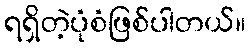
ရရှိတဲ့ပုံစံဖြစ်ပါတယ်။